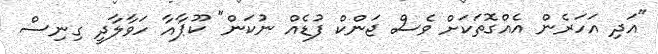
"އަދި އަހަރެން އެއްގޮތަކަށް ވެސް ޖަންކް ފުޑެއް ނުކަން" ކޫޕާއާ ހަވާލާދީ ގިނިސް